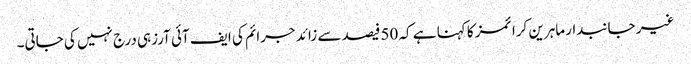
غیر جانبدار ماہرین کرا ئمز کا کہنا ہے کہ 50فیصد سے زائد جرائم کی ایف آئی آرزہی درج نہیں کی جاتی۔